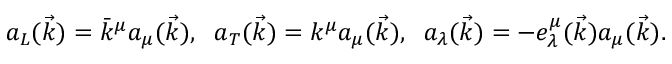
a _ { L } ( \vec { k } ) = \bar { k } ^ { \mu } a _ { \mu } ( \vec { k } ) , \; \; a _ { T } ( \vec { k } ) = k ^ { \mu } a _ { \mu } ( \vec { k } ) , \; \; a _ { \lambda } ( \vec { k } ) = - e _ { \lambda } ^ { \mu } ( \vec { k } ) a _ { \mu } ( \vec { k } ) .